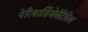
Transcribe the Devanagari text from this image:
पेरिकार्डियोसेंटेसिस